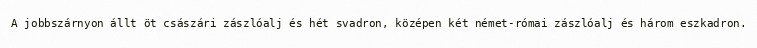
A jobbszárnyon állt öt császári zászlóalj és hét svadron, középen két német-római zászlóalj és három eszkadron.